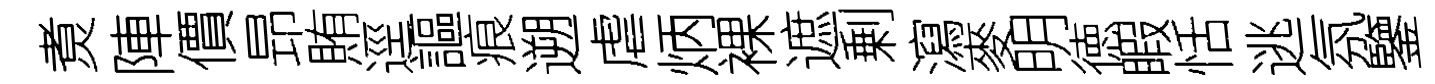
煑陣價昻賄逕謳痕遡虐炳裸遮剰瀉麥明徳睱恬逃氛鑒